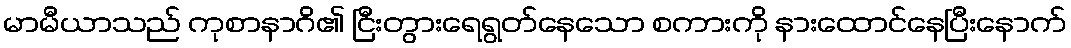
မာမီယာသည် ကုစာနာဂိ၏ ငြီးတွားရေရွတ်နေသော စကားကို နားထောင်နေပြီးနောက်